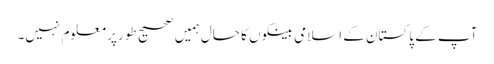
آپ کے پاکستان کے اسلامی بینکوں کا حال ہمیں صحیح طور پر معلوم نہیں۔